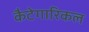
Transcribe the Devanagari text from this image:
कैटेगारिकल